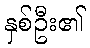
နှစ်ဦး၏